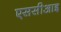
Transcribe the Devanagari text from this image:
एससीआइ